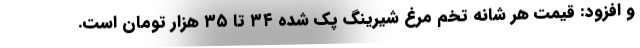
و افزود: قیمت هر شانه تخم مرغ شیرینگ پک شده ۳۴ تا ۳۵ هزار تومان است.